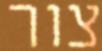
צור